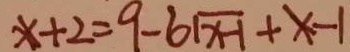
x + 2 = 9 - 6 \sqrt { x - 1 } + x - 1